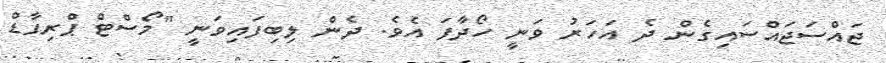
ޖައްސަޖައްސައިގެން ދެ އަހަރު ވަނީ ހޯދާފަ އެވެ. ދެން ލިބިފައިވަނީ "މޯސްޓް ޕްރިފާޑް